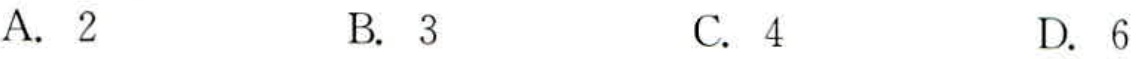
A. \(2\)

B. \(3\)

C. \(4\)

D. \(6\)